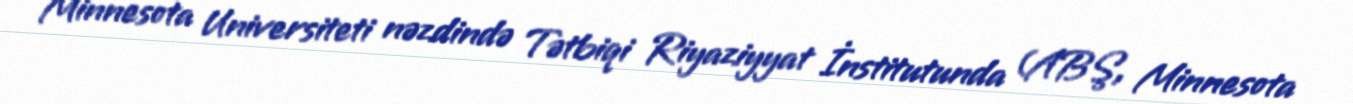
Minnesota Universiteti nəzdində Tətbiqi Riyaziyyat İnstitutunda (ABŞ, Minnesota